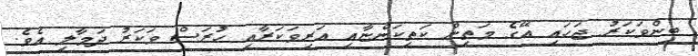
ބިންވަކަރު ޖަހައި އޭގެ މަތިން ކަތިކަންޏާއި އަރިވަކަރާއި ހުރަސް ވަކަރު ދަމާލި އެވެ.